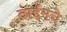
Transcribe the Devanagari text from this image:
वाईनचे